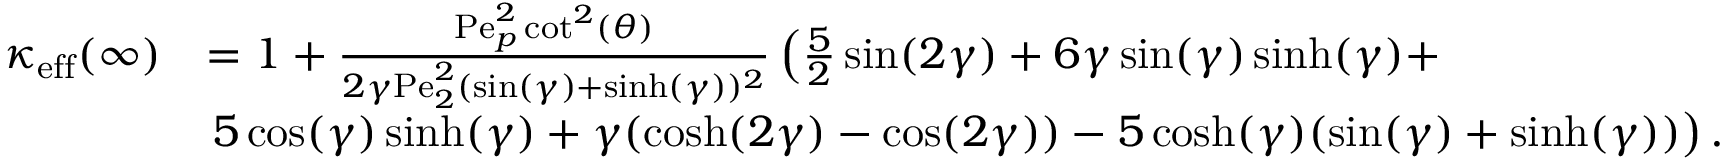
\begin{array} { r l } { \kappa _ { \mathrm { e f f } } ( \infty ) } & { = 1 + \frac { \mathrm { P e } _ { p } ^ { 2 } \cot ^ { 2 } ( \theta ) } { 2 \gamma \mathrm { P e } _ { 2 } ^ { 2 } ( \sin ( \gamma ) + \sinh ( \gamma ) ) ^ { 2 } } \left( \frac { 5 } { 2 } \sin ( 2 \gamma ) + 6 \gamma \sin ( \gamma ) \sinh ( \gamma ) + \right. } \\ & { \left. 5 \cos ( \gamma ) \sinh ( \gamma ) + \gamma ( \cosh ( 2 \gamma ) - \cos ( 2 \gamma ) ) - 5 \cosh ( \gamma ) ( \sin ( \gamma ) + \sinh ( \gamma ) ) \right) . } \end{array}